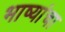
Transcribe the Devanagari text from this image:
भाष्यांचा